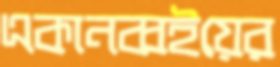
একানব্বইয়ের